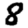
Digit: 8